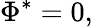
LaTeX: \Phi^{*}=0,